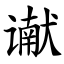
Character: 谳